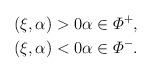
LaTeX: \begin{align*} & (\xi, \alpha) > 0 \alpha \in \varPhi^{+}, \\ & (\xi, \alpha) < 0 \alpha \in \varPhi^{-}. \\ \end{align*}